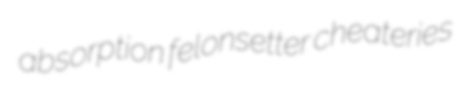
absorption felonsetter cheateries